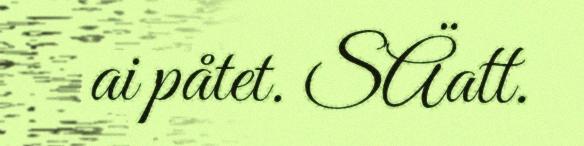
ai påtet. SÄatt.